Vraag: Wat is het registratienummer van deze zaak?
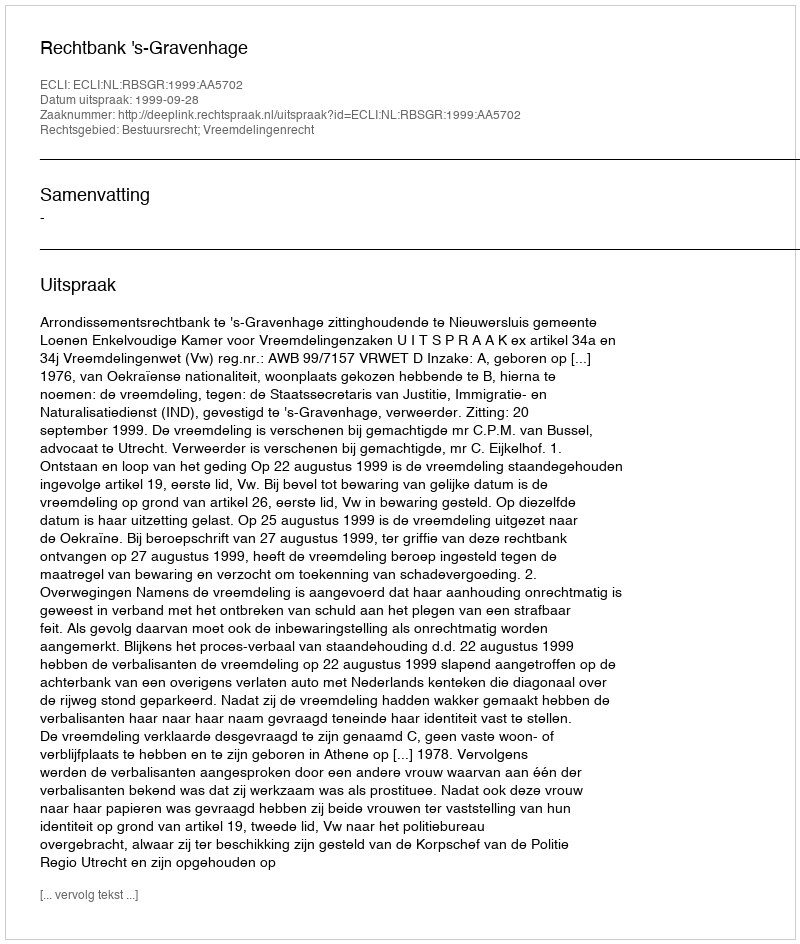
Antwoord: http://deeplink.rechtspraak.nl/uitspraak?id=ECLI:NL:RBSGR:1999:AA5702